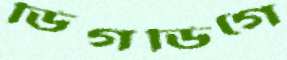
ডিগডিগে